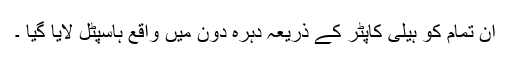
ان تمام کو ہیلی کاپٹر کے ذریعہ دہرہ دون میں واقع ہاسپٹل لایا گیا ۔